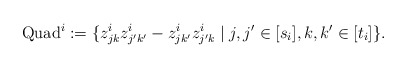
\begin{align*}\mathrm{Quad}^i := \{ z^i_{jk}z^i_{j'k'} - z^i_{jk'}z^i_{j'k} \mid j,j' \in [s_i], k,k' \in [t_i] \}.\end{align*}